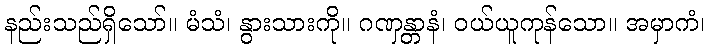
နည်းသည်ရှိသော်။ မံသံ၊ နွားသားကို။ ဂဏှန္တာနံ၊ ဝယ်ယူကုန်သော။ အမှာကံ၊